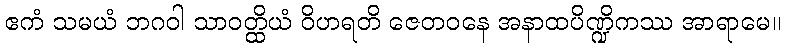
ဧကံ သမယံ ဘဂဝါ သာဝတ္ထိယံ ဝိဟရတိ ဇေတဝနေ အနာထပိဏ္ဍိကဿ အာရာမေ။